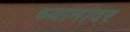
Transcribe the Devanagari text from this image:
ध्यानावर